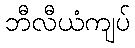
ဘီလီယံကျပ်